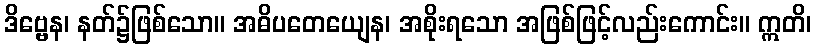
ဒိဗ္ဗေန၊ နတ်၌ဖြစ်သော။ အဓိပတေယျေန၊ အစိုးရသော အဖြစ်ဖြင့်လည်းကောင်း။ ဣတိ၊